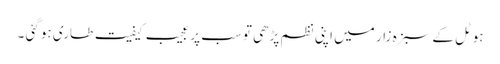
ہوٹل کے سبزہ زار میں اپنی نظم پڑھی تو سب پر عجیب کیفیت طاری ہو گئی ۔